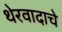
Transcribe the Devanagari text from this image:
थेरवादाचे